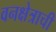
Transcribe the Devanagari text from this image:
वनक्षेत्राची